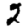
Digit: 2